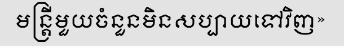
មន្ត្រីមួយចំនួនមិនសប្បាយទៅវិញ»